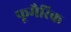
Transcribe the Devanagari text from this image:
फूमैरिक